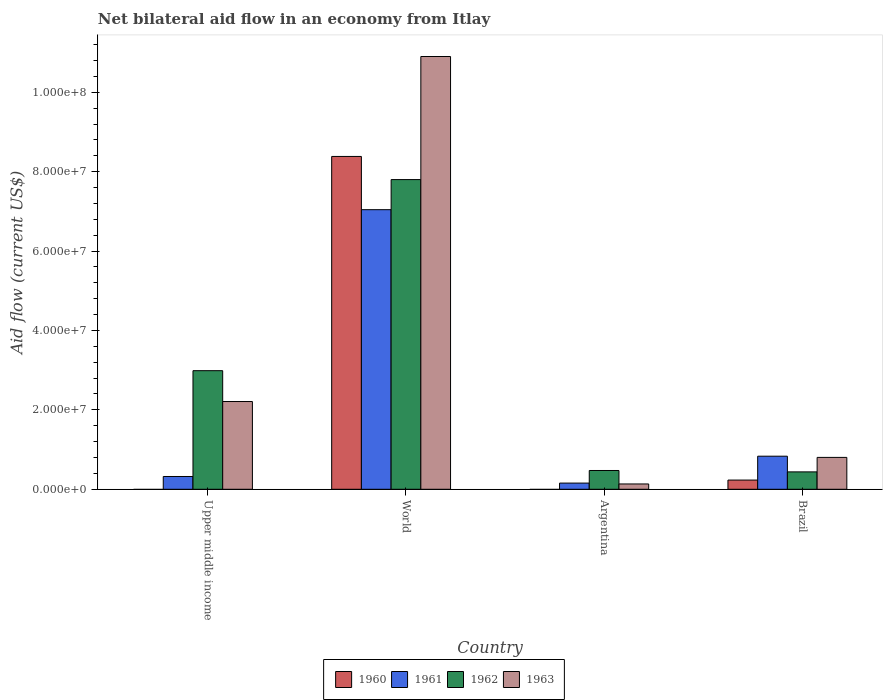
| Country | 1960 | 1961 | 1962 | 1963 |
 | --- | --- | --- | --- | --- |
 | Upper middle income | -6.4e+05 | 3.22e+06 | 2.99e+07 | 2.21e+07 |
 | World | 8.38e+07 | 7.04e+07 | 7.8e+07 | 1.09e+08 |
 | Argentina | -1.11e+06 | 1.56e+06 | 4.73e+06 | 1.34e+06 |
 | Brazil | 2.32e+06 | 8.33e+06 | 4.38e+06 | 8.03e+06 |